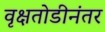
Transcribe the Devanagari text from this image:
वृक्षतोडीनंतर